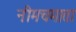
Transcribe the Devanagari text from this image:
नीमचमाता